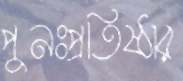
পুনঃপ্রতিষ্ঠার